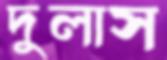
দুলাস